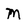
Character: M